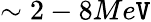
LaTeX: \sim2-8Me\mathtt{V}